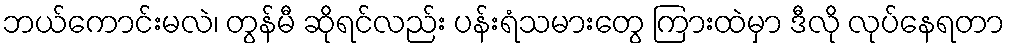
ဘယ်ကောင်းမလဲ၊ တွန်မီ ဆိုရင်လည်း ပန်းရံသမားတွေ ကြားထဲမှာ ဒီလို လုပ်နေရတာ